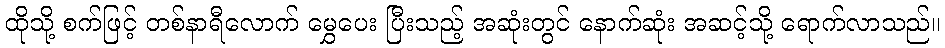
ထိုသို့ စက်ဖြင့် တစ်နာရီလောက် မွှေပေး ပြီးသည့် အဆုံးတွင် နောက်ဆုံး အဆင့်သို့ ရောက်လာသည်။